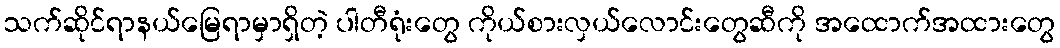
သက်ဆိုင်ရာနယ်မြေရာမှာရှိတဲ့ ပါတီရုံးတွေ ကိုယ်စားလှယ်လောင်းတွေဆီကို အထောက်အထားတွေ